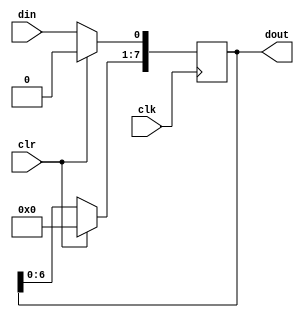
module shifter(din,clk,clr,dout);
input din,clk,clr;
output[7:0] dout;
reg[7:0] dout;

always @(posedge clk)
begin
if (clr)  dout<= 8'b0;
else
  begin
  dout <= dout << 1;
  dout[0] <= din;
  end
end
endmodule